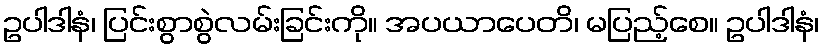
ဥပါဒါနံ၊ ပြင်းစွာစွဲလမ်းခြင်းကို။ အပယာပေတိ၊ မပြည့်စေ။ ဥပါဒါနံ၊